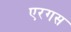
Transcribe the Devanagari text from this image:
एरगस